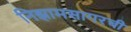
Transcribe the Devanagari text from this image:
निझामसागरची